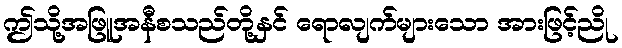
ဤသို့အဖြူအနီစသည်တို့နှင် ရောလျက်များသော အားဖြင့်ညို